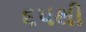
૬૫થી